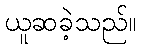
ယူဆခဲ့သည်။